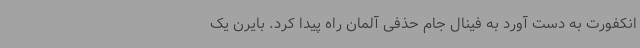
انکفورت به دست آورد به فینال جام حذفی آلمان راه پیدا کرد. بایرن یک